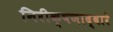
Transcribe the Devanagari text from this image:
निरीक्षणाद्वारे